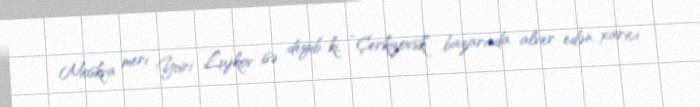
Moskva meri Yuri Lujkov isə deyib ki, “Çerkizovsk” bazarında alver edən xarici